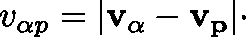
v _ { \alpha p } = | \mathbf { v _ { \alpha } - v _ { p } } | \cdot